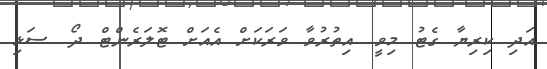
އަދި ކިރިޔާ ގެޓު މިވީ. އިތުރުވާ ވަރަކަށް އެއަށް ޓޮލަރެންޓް ދޯ. ސަޅި.